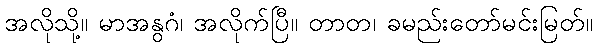
အလိုသို့။ မာအနွဂံ၊ အလိုက်ပြီ။ တာတ၊ ခမည်းတော်မင်းမြတ်။